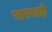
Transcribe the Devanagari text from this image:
मानपत्रही